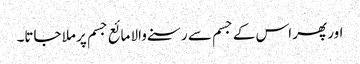
اور پھر اس کے جسم سے رسنے والا مائع جسم پر ملا جاتا۔